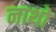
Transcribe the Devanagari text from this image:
नाथो